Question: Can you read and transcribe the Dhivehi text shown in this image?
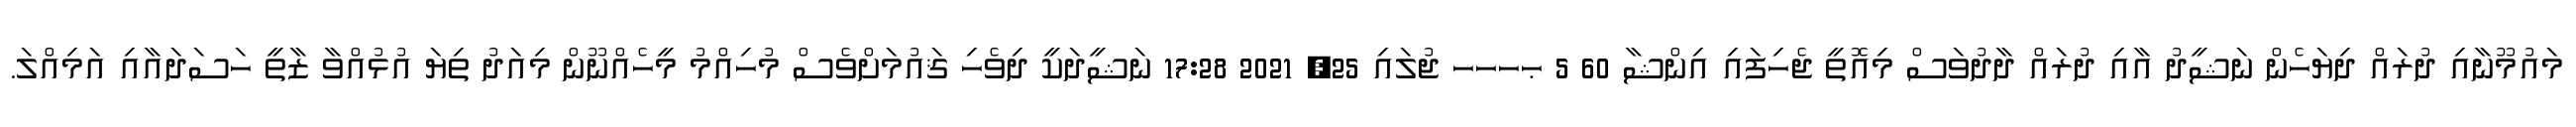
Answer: މައުމޫނާއި ދުރައް ދިޔަހެން ނަޝީދު އާއި ދުރައް ދާދުވަސް މިއޮތީ ޖެހިފައި އިންޝާ 60 5 ޙހހހ ޖުލައި 25, 2021 17:28 ނަޝީދަކީ ދިވެހި ޤައުމަށްވެސް މުހިއްމު މީހެއްނޫން މިއަދު ތިޔަ އުޅުއްވާ ޒާތީ ހަސަދައާއި އަމިއްލަ.